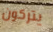
يتركون